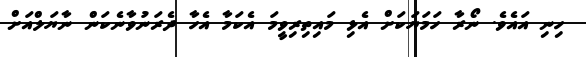
ހިނި އައެވެ. ނޯރާ ހަމަޔަކަށް އެޅި މައިތިރިވީމަ އެކަމާ އެހާ ދެރަނުވާނެކަން ނާޔަލްއަށް